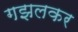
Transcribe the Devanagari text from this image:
गझलकर